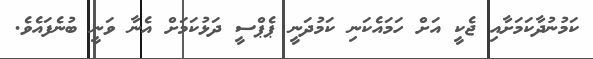
ކަމުނުދާކަމަށާއި ޖެކީ އަށް ހަމައެކަނި ކަމުދަނީ ޕެޕްސީ ދަޅުކަމަށް އެނާ ވަނީ ބުނެފައެވެ.